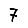
Digit: 7